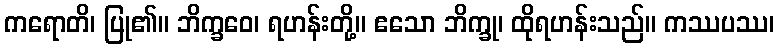
ကရောတိ၊ ပြု၏။ ဘိက္ခဝေ၊ ရဟန်းတို့။ ဧသော ဘိက္ခု၊ ထိုရဟန်းသည်။ ကဿပဿ၊